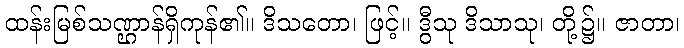
ထန်းမြစ်သဏ္ဌာန်ရှိကုန်၏။ ဒိသတော၊ ဖြင့်။ ဒွီသု ဒိသာသု၊ တို့၌။ ဇာတာ၊